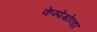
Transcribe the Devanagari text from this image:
केम्पेगोव्डा